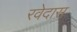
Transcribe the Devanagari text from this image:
रवेदास